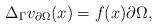
LaTeX: \begin{align*} \Delta_{\Gamma} v_{\partial \Omega}(x)=f(x) \partial \Omega,\end{align*}